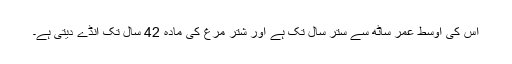
اس کی اوسط عمر ساٹھ سے ستّر سال تک ہے اور شتر مرغ کی مادہ 42 سال تک انڈے دیتی ہے۔